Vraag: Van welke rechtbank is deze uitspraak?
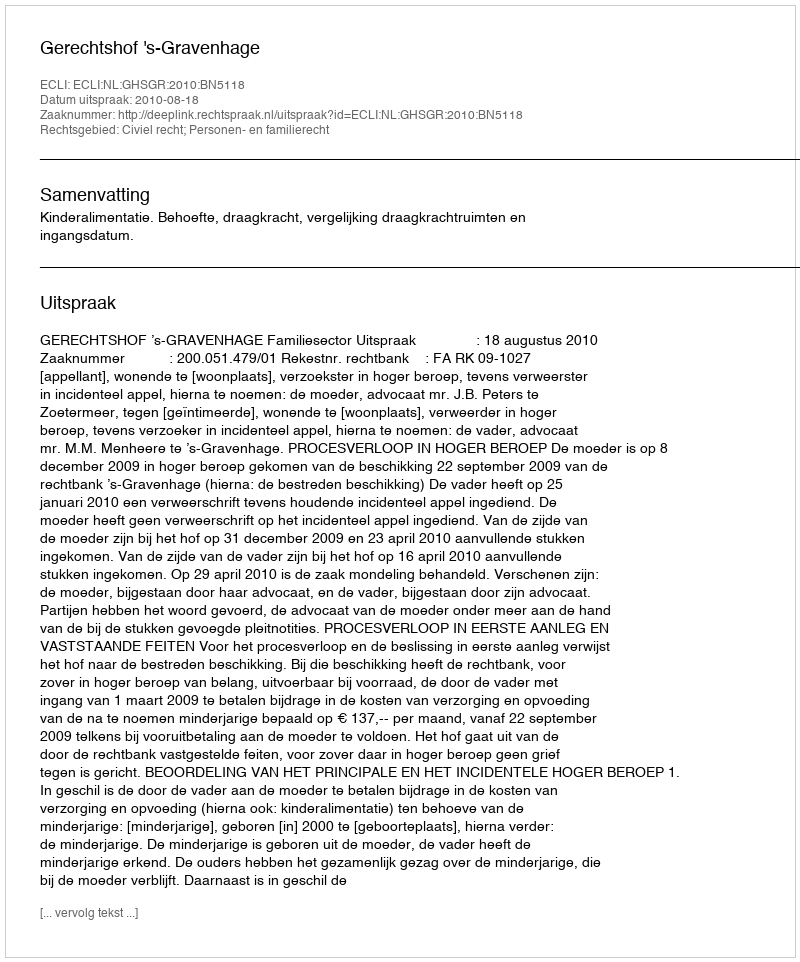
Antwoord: Gerechtshof 's-Gravenhage